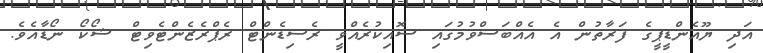
އަދި ޔޫއެންޑީޕީގެ ފަރާތުން އެ އެއްބަސްވުމުގައި ސޮއިކުރެއްވީ ރެސިޑެންޓް ރެޕްރެޒެންޓެވިޓް ޝޯކޯ ނޯޑާއެވެ.